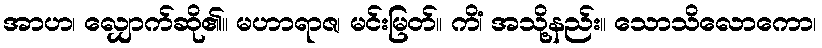
အာဟ၊ လျှောက်ဆို၏။ မဟာရာဇ၊ မင်းမြတ်။ ကိံ၊ အသို့နည်း။ သောသိလောကော၊